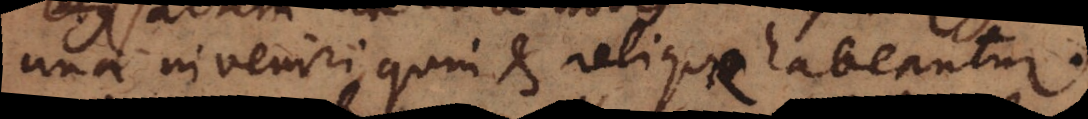
una inveniri, quin et reliquae habeantur.